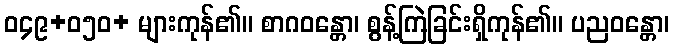
ဝ၄၉+၀၅ဝ+ များကုန်၏။ စာဂဝန္တော၊ စွန့်ကြဲခြင်းရှိကုန်၏။ ပညဝန္တော၊